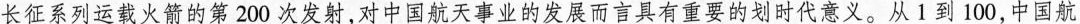
长征系列运载火箭的第2 0 0次发射，对中国航天事业的发展而言具有重要的划时代意义。从1到1 0 0，中国航